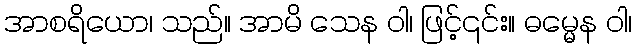
အာစရိယော၊ သည်။ အာမိ သေန ဝါ၊ ဖြင့်၎င်း။ ဓမ္မေန ဝါ၊